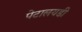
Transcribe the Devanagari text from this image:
पेटालयडी